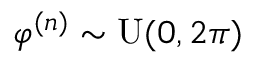
\varphi ^ { ( n ) } \sim \mathrm { U } ( 0 , 2 \pi )